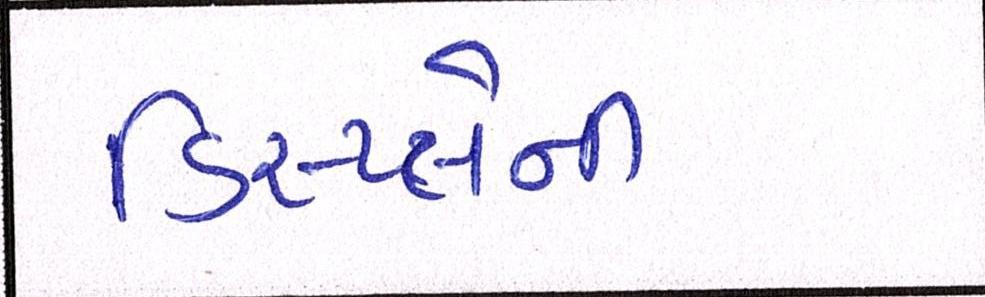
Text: ડિસ્પ્લેની